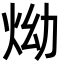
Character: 㶭